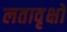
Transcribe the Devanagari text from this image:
लतावृक्षों